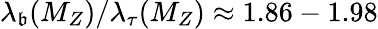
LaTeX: \lambda_{\mathfrak{b}}(M_{Z})/\lambda_{\tau}(M_{Z})\approx1.86-1.98